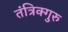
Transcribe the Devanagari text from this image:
तंत्रिक्गुरु